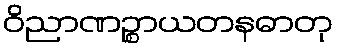
ဝိညာဏဉ္စာယတနဓာတု